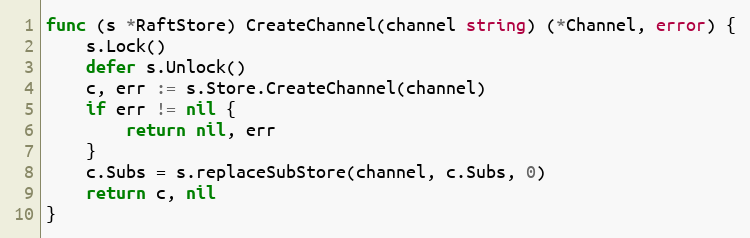
Language: Go
func (s *RaftStore) CreateChannel(channel string) (*Channel, error) {
	s.Lock()
	defer s.Unlock()
	c, err := s.Store.CreateChannel(channel)
	if err != nil {
		return nil, err
	}
	c.Subs = s.replaceSubStore(channel, c.Subs, 0)
	return c, nil
}